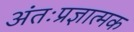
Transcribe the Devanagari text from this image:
अंतःप्रज्ञात्मक